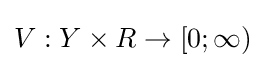
V:Y\times R\to [0;\infty )